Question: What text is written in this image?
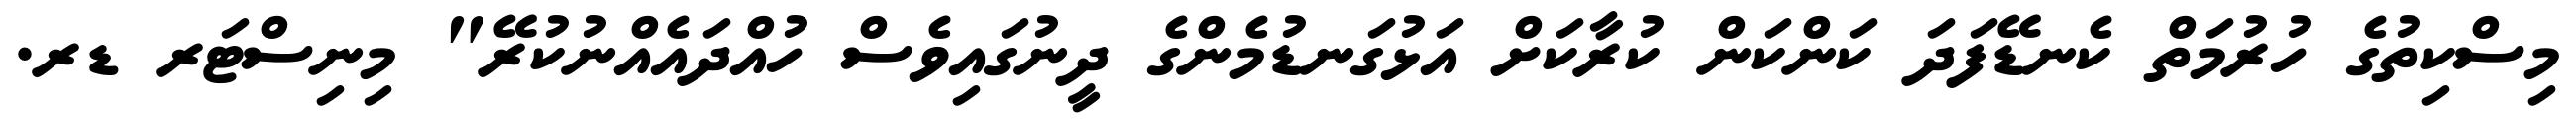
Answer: މިސްކިތުގެ ހުރުމަތް ކެނޑޭފަދަ ކަންކަން ކުރާކަށް އަޅުގަނޑުމެންގެ ދީނުގައިވެސް ހުއްދައެއްނުކުރޭ" މިނިސްޓަރ ޑރ.